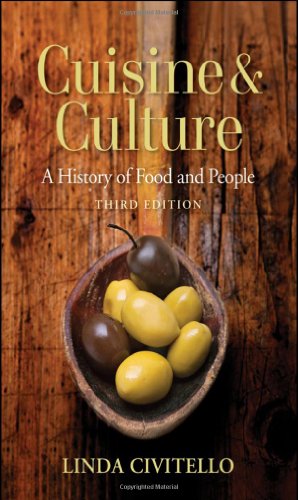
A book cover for Cuisine and Culture: A History of Food and People; Linda Civitello; Cookbooks, Food & Wine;